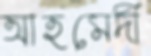
আহমেদী